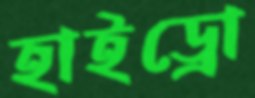
হাইড্রো